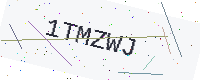
Text: 1TMZWJ